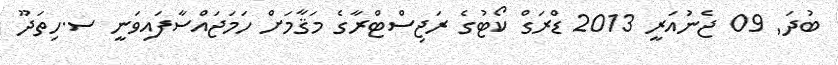
ބުދަ